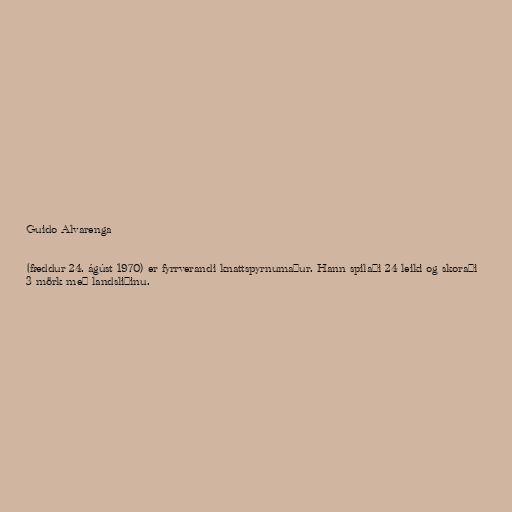
Guido Alvarenga

(fæddur 24. ágúst 1970) er fyrrverandi knattspyrnumaður. Hann spilaði 24 leiki og skoraði
3 mörk með landsliðinu.